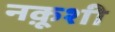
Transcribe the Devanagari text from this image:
नक़ूशी